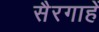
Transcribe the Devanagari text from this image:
सैरगाहें